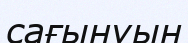
сағынуын